Annual statistical returns and brief notes on vaccination in Bengal - 1909-1929
Year: 1909
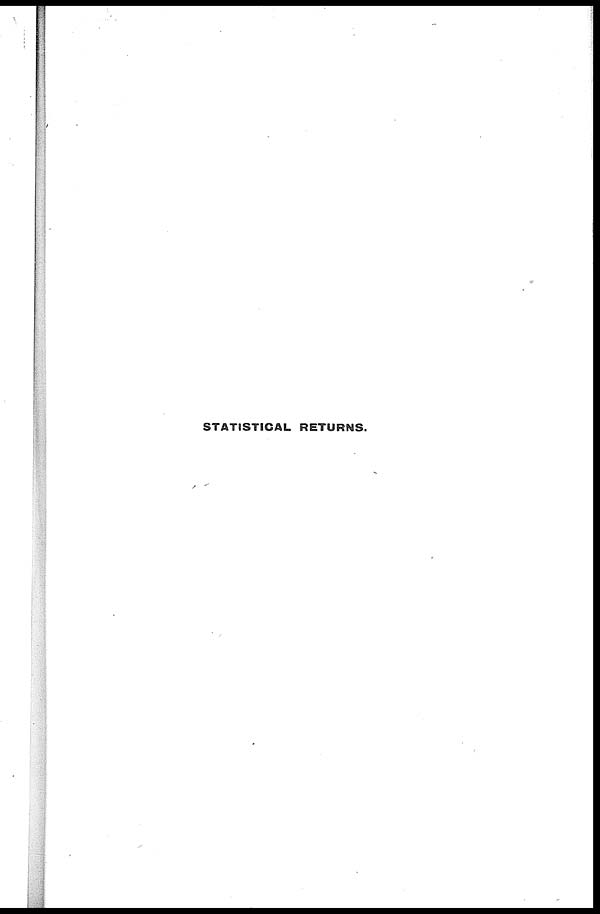
STATISTICAL RETURNS.